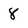
Character: 8